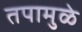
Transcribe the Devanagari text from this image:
तपामुळे